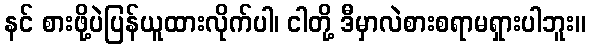
နင် စားဖို့ပဲပြန်ယူထားလိုက်ပါ၊ ငါတို့ ဒီမှာလဲစားစရာမရှားပါဘူး။